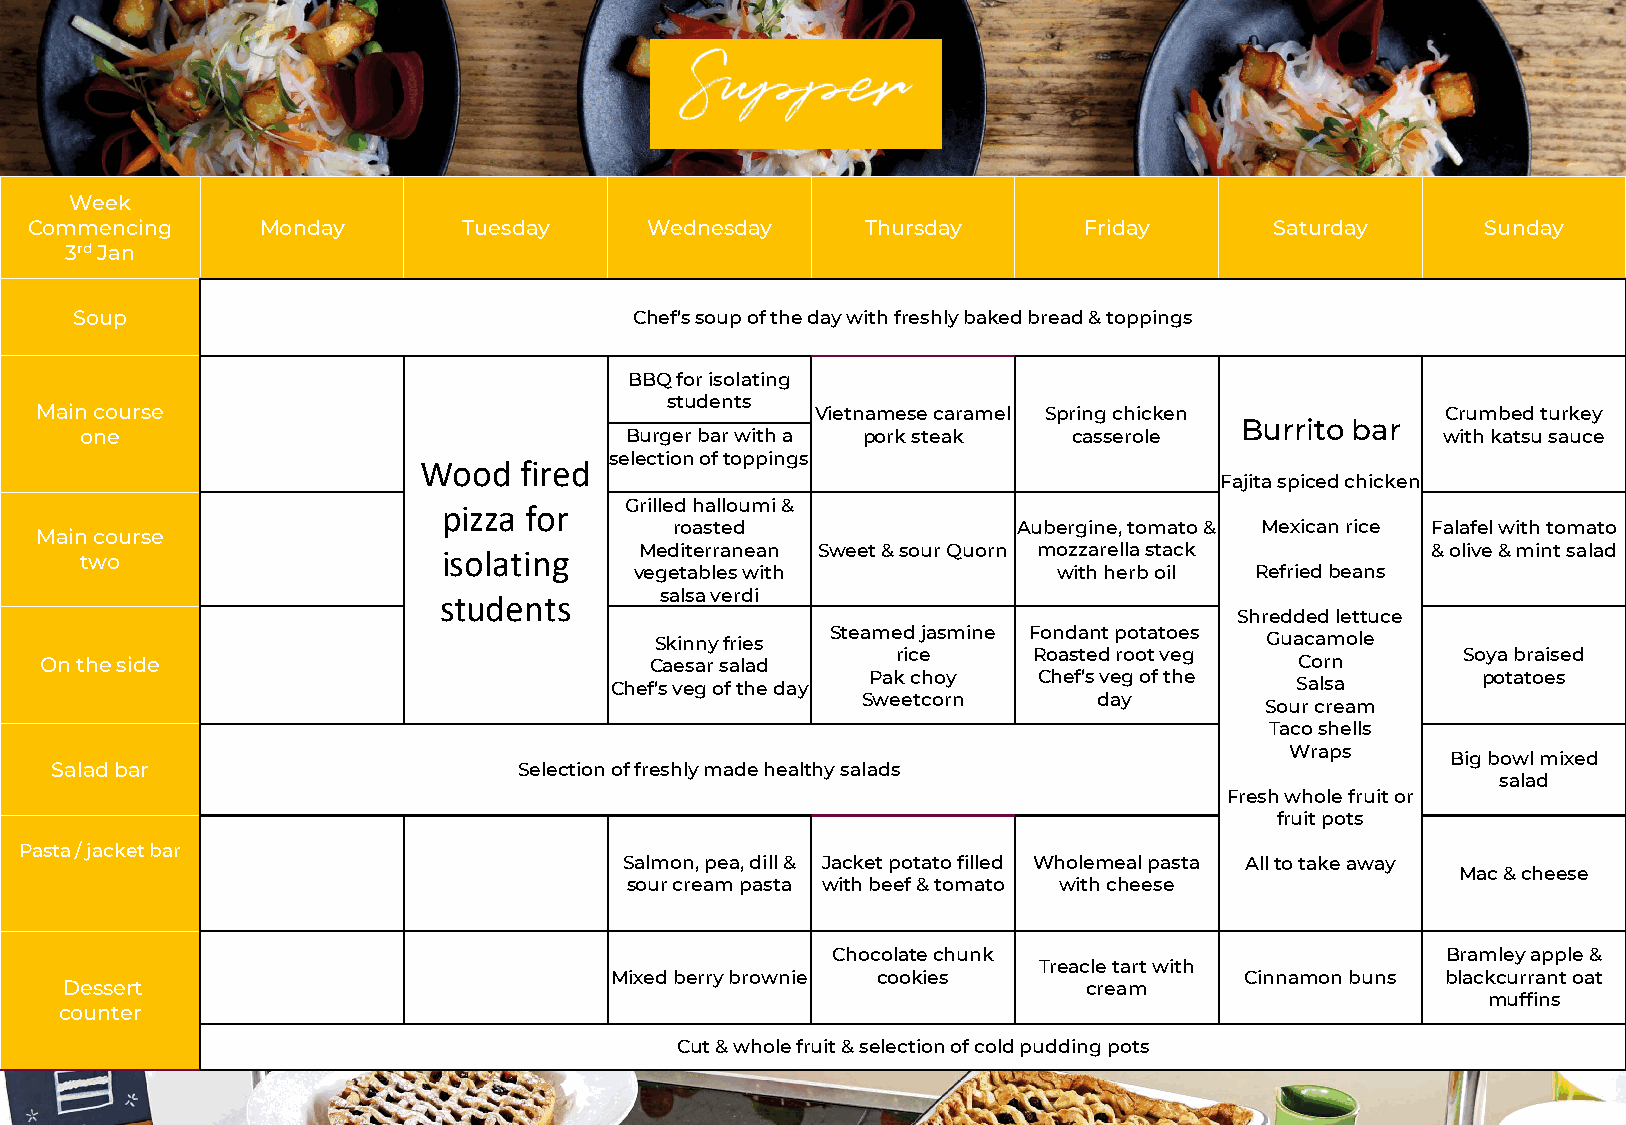
Week
 Commencing     Monday        Tuesday     Wednesday     Thursday       Friday      Saturday      Sunday
 3rdJan
 Soup                                 Chef’s soup of the day with freshly baked bread & toppings
 BBQ for isolating
 students
 Main course                                         Vietnamese caramel Spring chicken         Crumbed turkey
 Burrito bar
 one                                 Burger bar with a pork steak  casserole                with katsu sauce
 selection of toppings
 Wood  fired
 Fajita spiced chicken
 Grilled halloumi &
 pizza for
 roasted               Aubergine, tomato & Mexican rice Falafel with tomato
 Main course
 Mediterranean Sweet & sour Quorn mozzarella stack    & olive & mint salad
 two                     isolating
 vegetables with             with herb oil Refried beans
 salsa verdi
 students
 Shredded lettuce
 Steamed jasmine Fondant potatoes
 Skinny fries                             Guacamole
 rice     Roasted root veg             Soya braised
 On the side                             Caesar salad                               Corn
 Pak choy   Chef’s veg of the            potatoes
 Chef’s veg of the day                         Salsa
 Sweetcorn       day
 Sour cream
 Taco shells
 Wraps
 Big bowl mixed
 Salad bar                      Selection of freshly made healthy salads
 salad
 Fresh whole fruit or
 fruit pots
 Pasta / jacket bar
 Salmon, pea, dill & Jacket potato filled Wholemeal pasta All to take away
 Mac & cheese
 sour cream pasta with beef & tomato with cheese
 Chocolate chunk                          Bramley apple &
 Treacle tart with
 Mixed berry brownie cookies               Cinnamon buns blackcurrant oat
 Dessert                                                             cream
 muffins
 counter
 Cut & whole fruit & selection of cold pudding pots